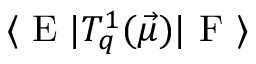
\langle \textrm { E } | T _ { q } ^ { 1 } ( \vec { \mu } ) | \textrm { F } \rangle